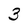
Character: 3